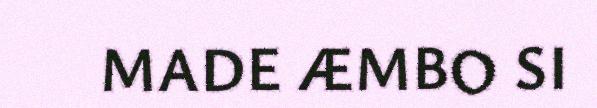
MADE ÆMBO SI